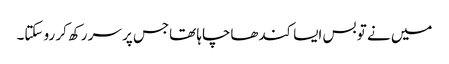
میں نے تو بس ایسا کندھاچاہا تھاجس پر سر رکھ کر رو سکتا۔